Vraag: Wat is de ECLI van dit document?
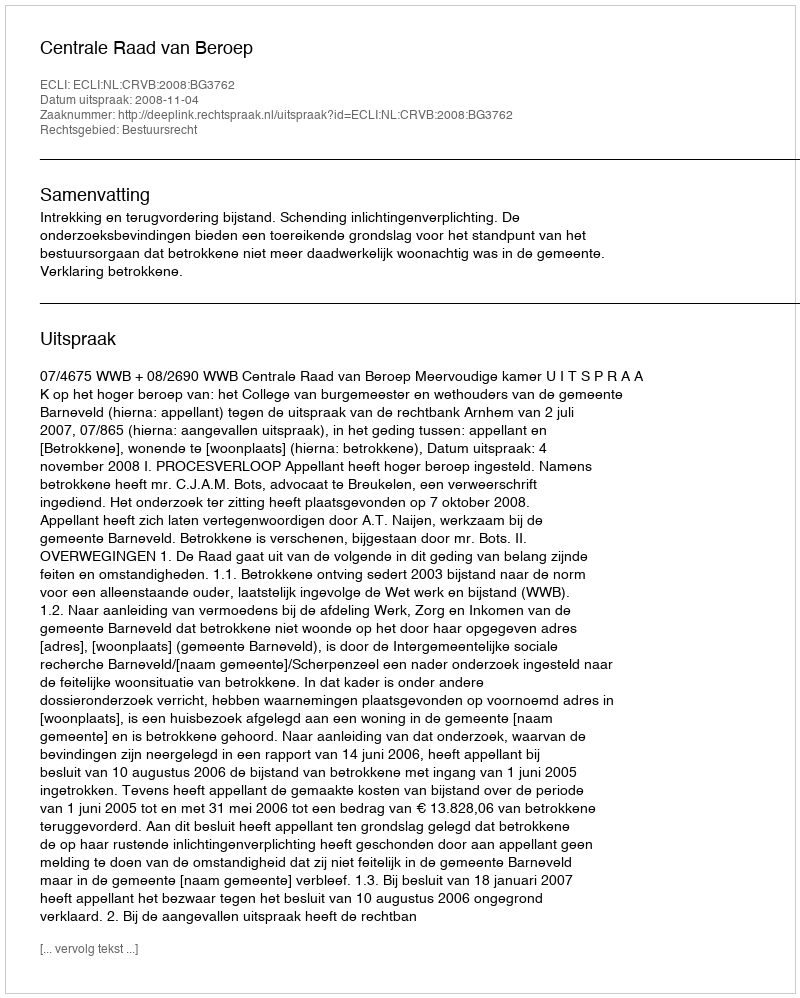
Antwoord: ECLI:NL:CRVB:2008:BG3762